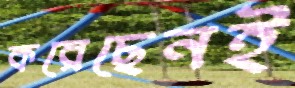
করেছেনই